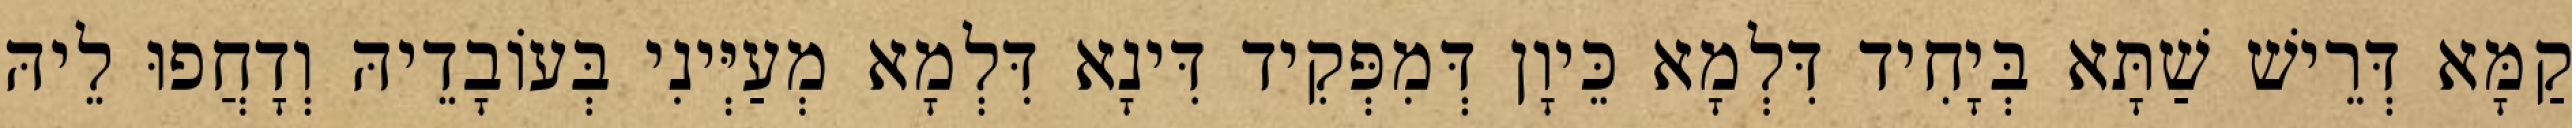
קַמָּא דְּרֵישׁ שַׁתָּא בְּיָחִיד דִּלְמָא כֵּיוָן דְּמִפְּקִיד דִּינָא דִּלְמָא מְעַיְּינִי בְּעוֹבָדֵיהּ וְדָחֲפוּ לֵיהּ